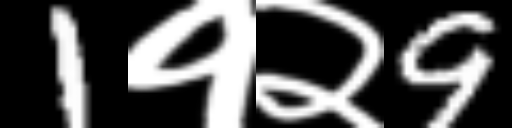
Text: 1१२9